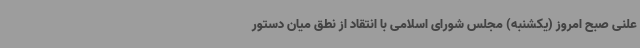
علنی صبح امروز (یکشنبه) مجلس شورای اسلامی با انتقاد از نطق میان دستور